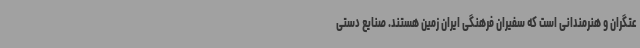
عتگران و هنرمندانی است که سفیران فرهنگی ایران زمین هستند. صنایع دستی